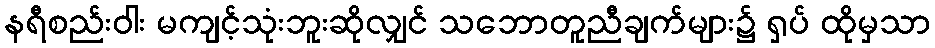
နရီစည်းဝါး မကျင့်သုံးဘူးဆိုလျှင် သဘောတူညီချက်များ၌ ရှပ် ထိုမှသာ